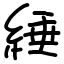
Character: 綞